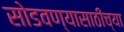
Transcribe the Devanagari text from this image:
सोडवण्यासाठीच्या